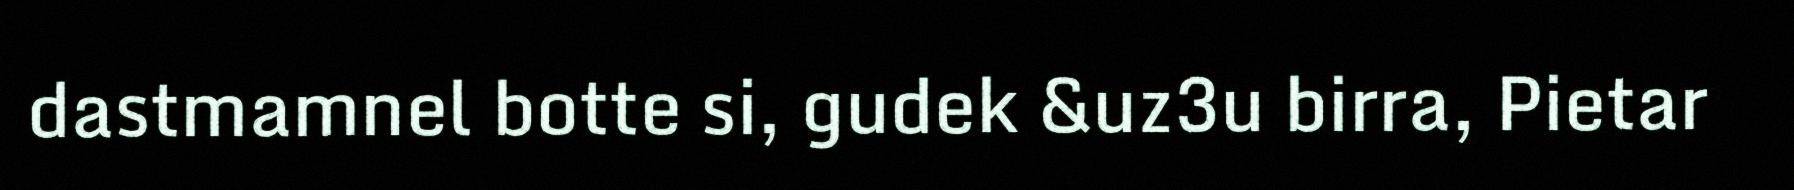
dastmamnel botte si, gudek &uz3u birra, Pietar